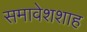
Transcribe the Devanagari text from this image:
समावेशशाह